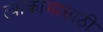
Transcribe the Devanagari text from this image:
त्याकामासाठी